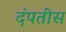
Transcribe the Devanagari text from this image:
दंपतींस